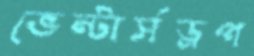
ভেন্টার্সড্রপ